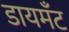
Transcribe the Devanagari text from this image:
डायमॅंट